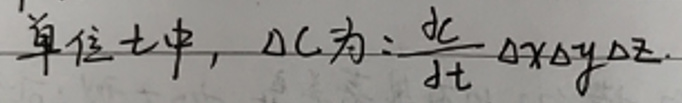
单位七中, $\Delta C$ 为: $\frac{dc}{dt}\Delta x\Delta y\Delta z$